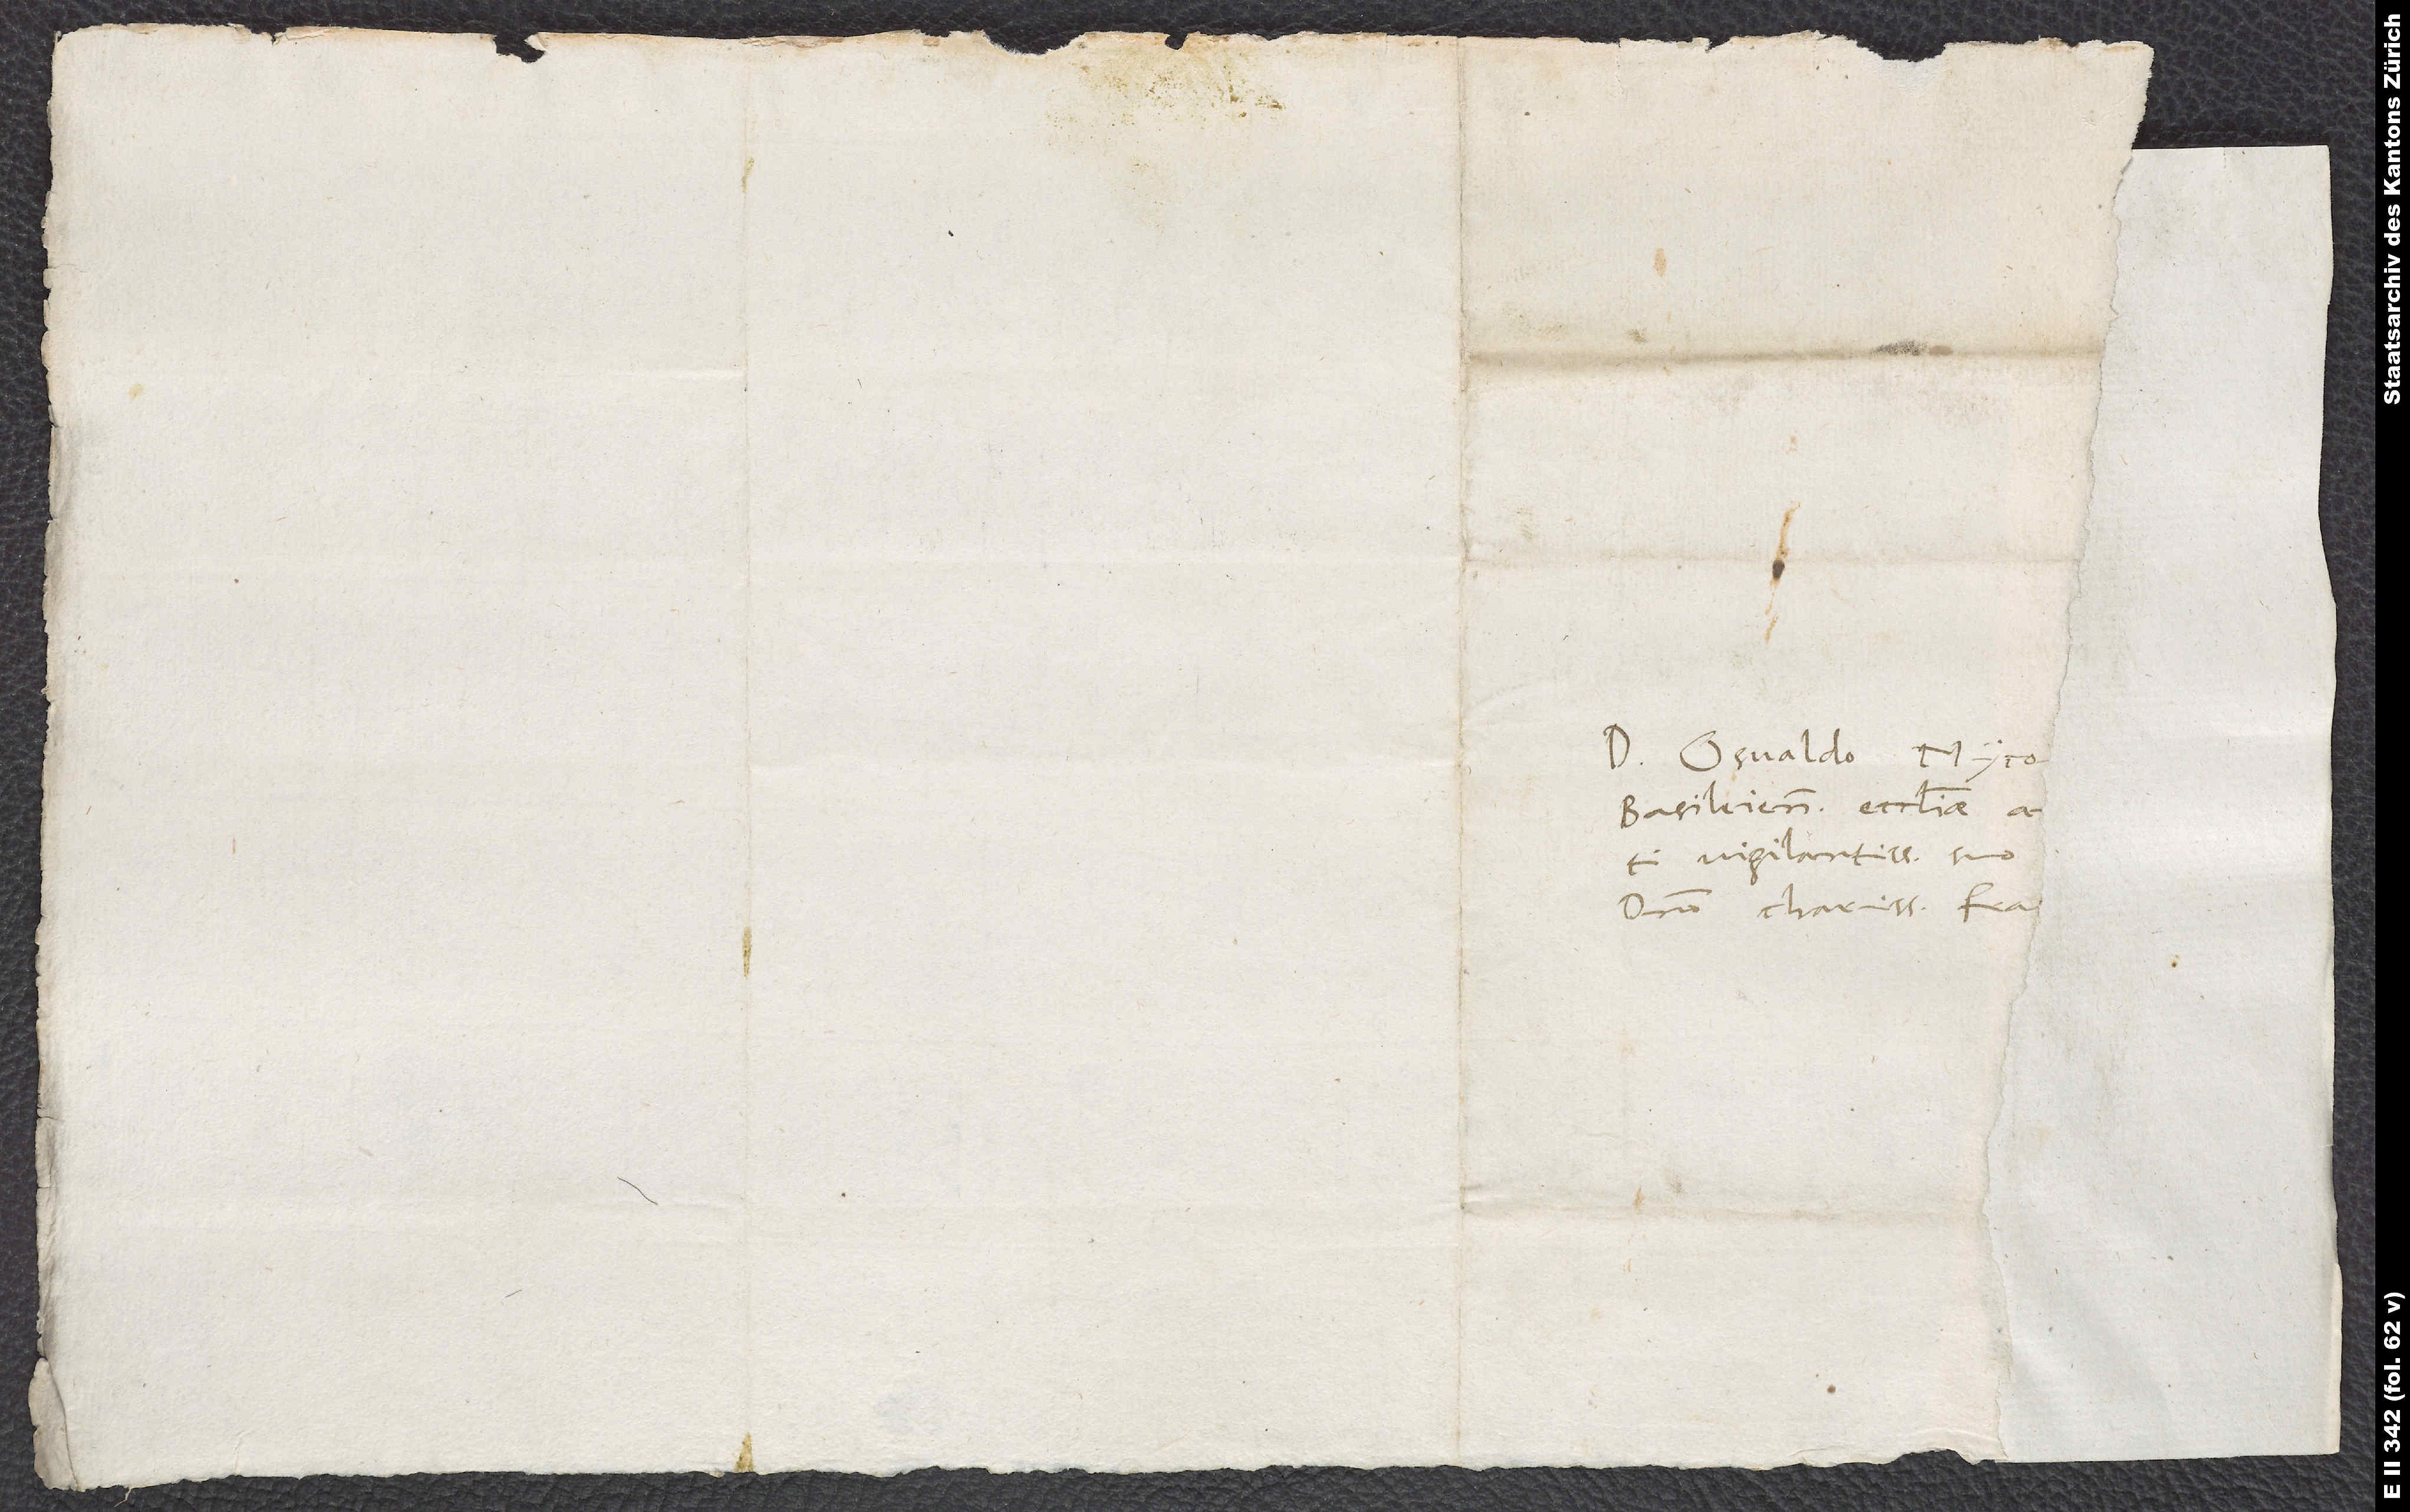
Domino Osvaldo Myco.